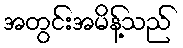
အတွင်းအမိန့်သည်